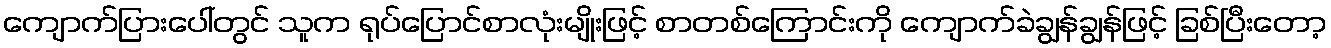
ကျောက်ပြားပေါ်တွင် သူက ရုပ်ပြောင်စာလုံးမျိုးဖြင့် စာတစ်ကြောင်းကို ကျောက်ခဲချွန်ချွန်ဖြင့် ခြစ်ပြီးတော့